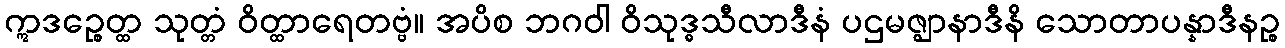
ဣဒဉ္စေတ္ထ သုတ္တံ ဝိတ္ထာရေတဗ္ဗံ။ အပိစ ဘဂဝါ ဝိသုဒ္ဓသီလာဒီနံ ပဌမဇ္ဈာနာဒီနိ သောတာပန္နာဒီနဉ္စ